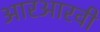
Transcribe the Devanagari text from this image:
आरआरवी